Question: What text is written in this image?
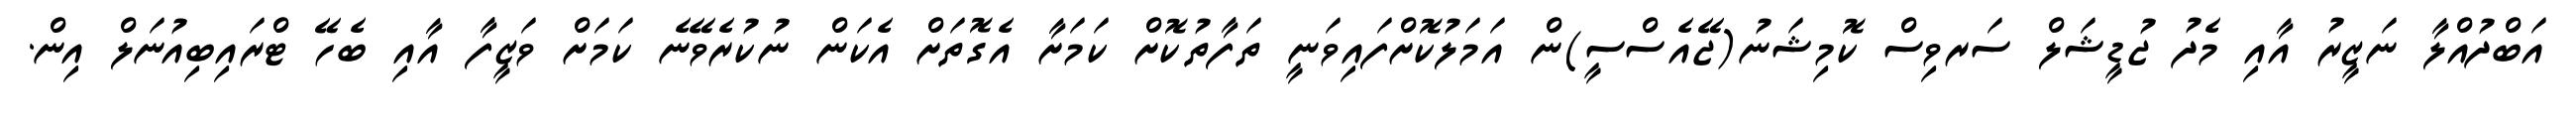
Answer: އަބްދުއްލާ ނަޒީރު އާއި މެދު ޖުޑީޝަލް ސަރވިސް ކޮމިޝަނު(ޖޭއެސްސީ)ން އަމަލުކޮށްފައިވަނީ ތަފާތުކޮށް ކަމަށާ އެގޮތަށް އެކަން ނުކުރެވޭނެ ކަމަށް ވަޒީފާ އާއި ބެހޭ ޓްރައިބިއުނަލް އިން.